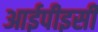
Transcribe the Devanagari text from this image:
आईपीइसी